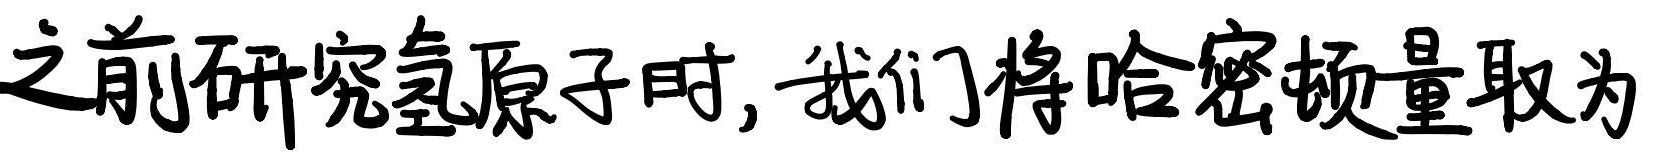
之前研究氢原子时, 我们将哈密顿量取为